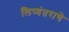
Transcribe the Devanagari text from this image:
लिप्यंतराचे